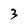
Character: 3